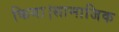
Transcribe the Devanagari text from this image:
किया।सामाजिक